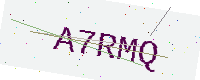
Text: A7RMQ